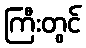
ကြီးတွင်